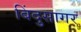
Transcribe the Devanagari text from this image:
बिंदुसागर